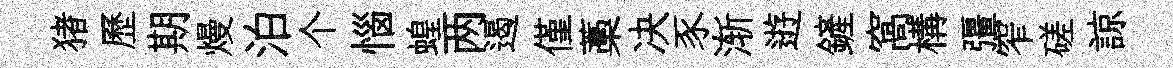
猪歷期熳泊个惱蝗两遏僅藁决豕渐逰鏟窩構彊窄磋諒